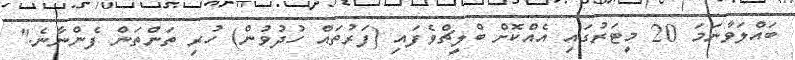
ބައްލަވާނަމަ 20 މީޓަރުގައި އެއްކޮށް ބްލީޗްވެފައި (ފަރުތައް ހުދުވުން) ހުރި ތަންތަން ފެންނާނެ."